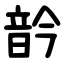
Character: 䪩